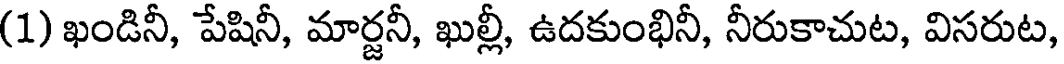
(1) ఖండినీ, పేషినీ, మార్జనీ, ఖుల్లీ, ఉదకుంభినీ, నీరుకాచుట, విసరుట,